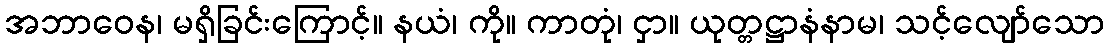
အဘာဝေန၊ မရှိခြင်းကြောင့်။ နယံ၊ ကို။ ကာတုံ၊ ငှာ။ ယုတ္တဋ္ဌာနံနာမ၊ သင့်လျော်သော